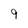
Character: 9